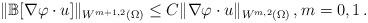
LaTeX: \begin{align*}\|\mathbb{B} [\nabla \varphi \cdot u]\|_{W^{m+1,2} (\Omega)} \leq C \| \nabla \varphi \cdot u \|_{W^{m,2} (\Omega)}\,, m=0,1\,.\end{align*}